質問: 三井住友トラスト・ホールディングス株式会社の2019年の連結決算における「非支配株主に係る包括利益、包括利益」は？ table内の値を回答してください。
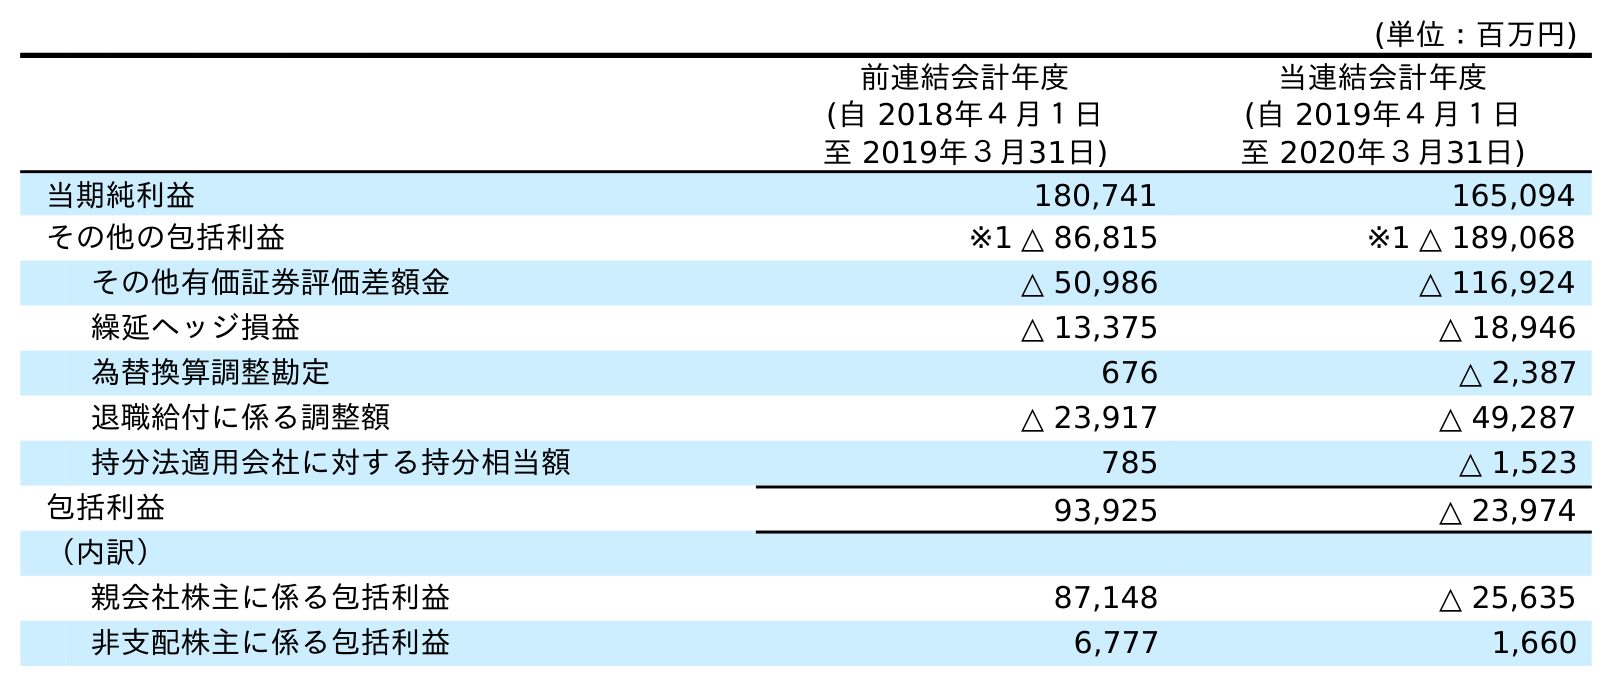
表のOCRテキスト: (単位：百万円) 前連結会計年度 (自 2018年４月１日 至 2019年３月31日) 当連結会計年度 (自 2019年４月１日 至 2020年３月31日) 当期純利益 180,741 165,094 その他の包括利益 ※1 △ 86,815 ※1 △ 189,068 その他有価証券評価差額金 △ 50,986 △ 116,924 繰延ヘッジ損益 △ 13,375 △ 18,946 為替換算調整勘定 676 △ 2,387 退職給付に係る調整額 △ 23,917 △ 49,287 持分法適用会社に対する持分相当額 785 △ 1,523 包括利益 93,925 △ 23,974 （内訳） 親会社株主に係る包括利益 87,148 △ 25,635 非支配株主に係る包括利益 6,777 1,660
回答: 6,777